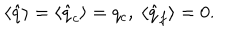
\langle \hat { q } \rangle = \langle \hat { q } _ { c } \rangle = q _ { c } , { } ~ \langle \hat { q } _ { f } \rangle = 0 .